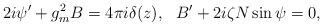
LaTeX: \begin{align*}2i\psi'+g_m^2B=4\pi i\delta(z),~~ B'+2i\zeta N\sin\psi=0,\end{align*}